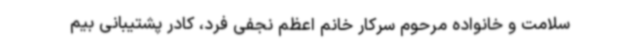
سلامت و خانواده مرحوم سرکار خانم اعظم نجفی فرد، کادر پشتیبانی بیم